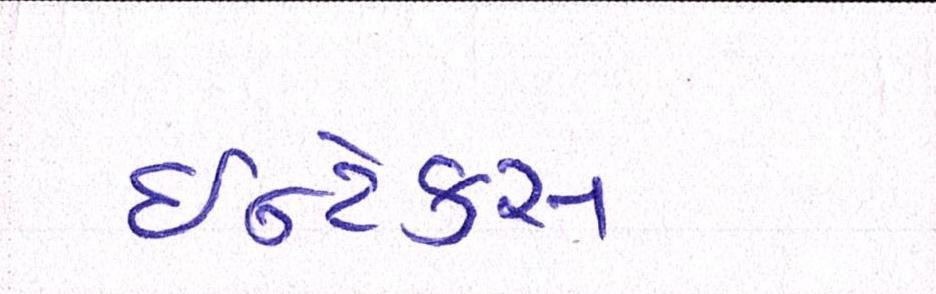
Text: ઈન્ટેક્સ